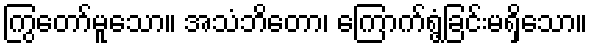
ကြွတော်မူသော။ အသံဘိတော၊ ကြောက်ရွံ့ခြင်းမရှိသော။